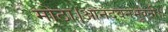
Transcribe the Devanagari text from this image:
मोठा।आनंदवनभुवनी।।